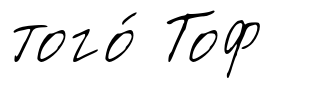
того́ Тоф